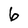
Character: 6